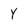
Character: Y